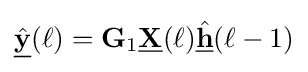
{\underline {\hat {\mathbf {y} }}}(\ell )=\mathbf {G} _{1}{\underline {\mathbf {X} }}(\ell ){\underline {\hat {\mathbf {h} }}}(\ell -1)